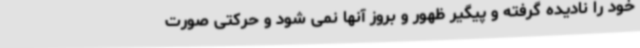
خود را نادیده گرفته و پیگیر ظهور و بروز آنها نمی شود و حرکتی صورت